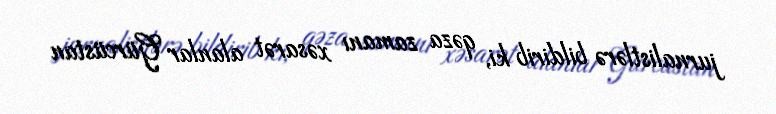
jurnalistlərə bildirib ki, qəza zamanı xəsarət alanlar Gürcüstan